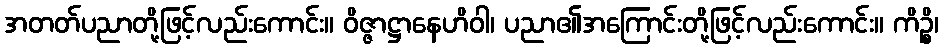
အတတ်ပညာတို့ဖြင့်လည်းကောင်း။ ဝိဇ္ဇာဋ္ဌာနေဟိဝါ၊ ပညာ၏အကြောင်းတို့ဖြင့်လည်းကောင်း။ ကိဉ္စိ၊